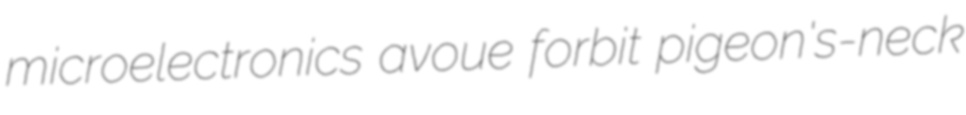
microelectronics avoue forbit pigeon's-neck